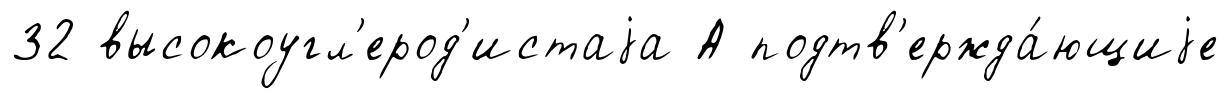
32 высокоугл'ерод'истаjа А подтв'ержда́ющиjе